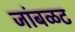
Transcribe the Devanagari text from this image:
जांबळट